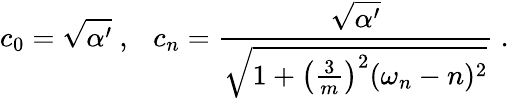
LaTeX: c_{0}=\sqrt{\alpha^{\prime}}~,~~~c_{n}=\frac{\sqrt{\alpha^{\prime}}}{\sqrt{1+\left(\frac{3}{m}\right)^{2}(\omega_{n}-n)^{2}}}~.